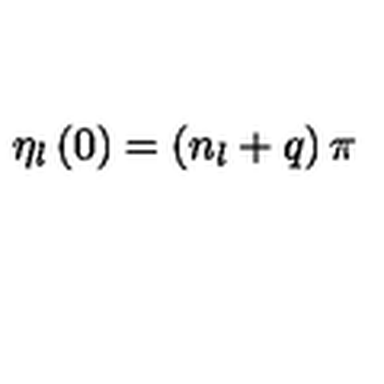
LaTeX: \eta _ { l } \left( 0 \right) = \left( n _ { l } + q \right) \pi